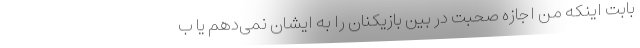
بابت اینکه من اجازه صحبت در بین بازیکنان را به ایشان نمی‌دهم یا ب